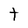
Character: t